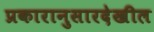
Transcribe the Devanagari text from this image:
प्रकारानुसारदेखील